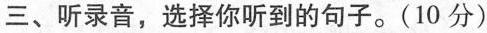
三、听录音,选择你听到的句子。(10 分)